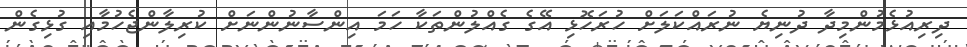
ދިރިއުޅެމުންމިދާ ދުނިޔެ ނުރައްކަލަށް ހުރަހޮޅި އޭގެ ގެއްލުންތަކާ ހަމަ އިންސާނުންނަށް ކުރިލާންޖެހުމާއި ގުޅިގެން